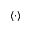
\langle \cdot \rangle